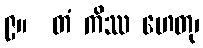
၉။  တံ ကိဿ ဟေတု၊